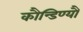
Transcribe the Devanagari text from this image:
कौन्डिण्यौ